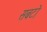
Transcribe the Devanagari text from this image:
सबटो